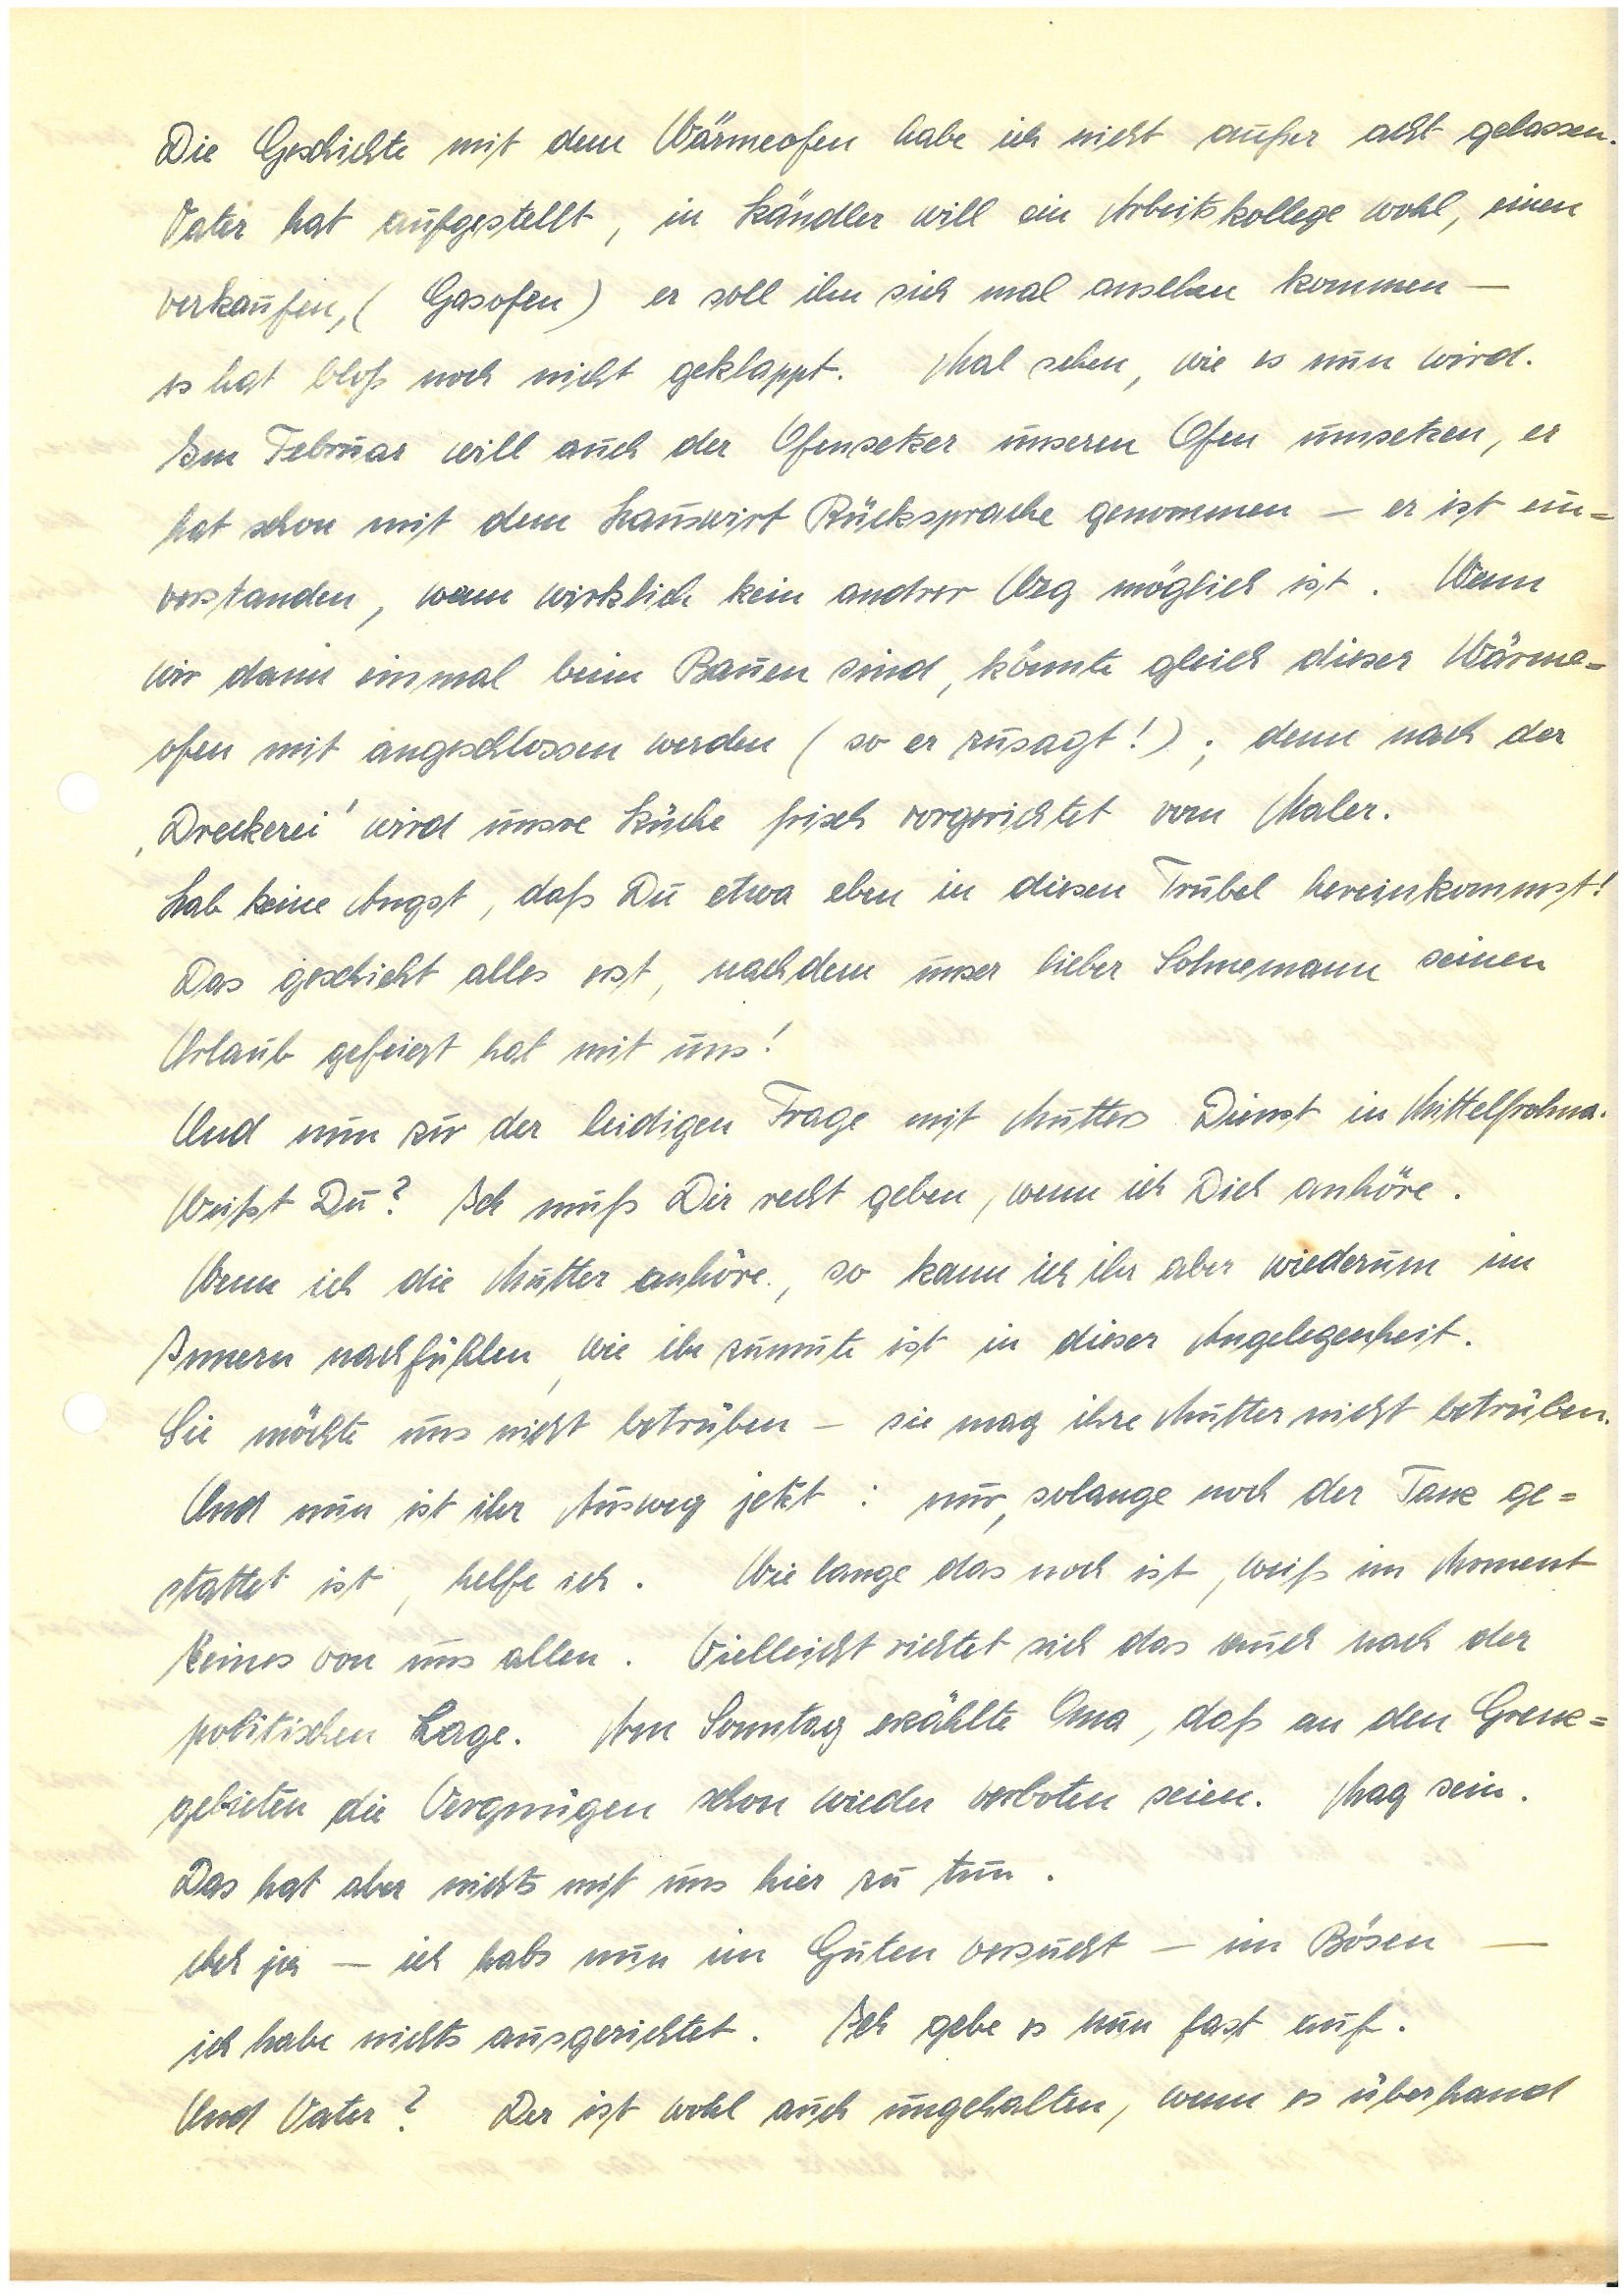
Die Geschichte mit dem Wärmeofen habe ich nicht außer acht gelassen.
Vater hat aufgestellt, in K. will ein Arbeitskollege wohl, einen
verkaufen, (Gasofen) er soll ihn sich mal ansehen kommen –
es hat bloß noch nicht geklappt. Mal sehen, wie es nun wird.
Im Februar will auch der Ofensetzer unseren Ofen umsetzen, er
hat schon mit dem Hauswirt Rücksprache genommen – er ist ein¬
verstanden, wenn wirklich kein andrer Weg möglich ist. Wenn
wir dann einmal beim Bauen sind, könnte gleich dieser Wärme¬
ofen mit angeschlossen werden (so er zusagt!); denn nach der‚
Dreckerei’ wird unsre Küche frisch vorgerichtet vom Maler.
Hab keine Angst, daß Du etwa eben in diesen Trubel hereinkommst!
Das geschieht alles erst, nachdem unser lieber Sohnemann seinen
Urlaub gefeiert hat mit uns!
Und nun zu der leidigen Frage mit Mutters Dienst in.
Weißt Du? Ich muß Dir recht geben, wenn ich Dich anhöre.
Wenn ich die Mutter anhöre, so kann ich ihr aber wiederum im
Innern nachfühlen, wie ihr zumute ist in dieser Angelegenheit.
Sie möchte uns nicht betrüben – sie mag ihre Mutter nicht betrüben.
Und nun ist ihr Ausweg jetzt: nur, solange noch der Tanz ge¬
stattet ist, helfe ich. Wie lange das noch ist, weiß im Moment
keines von uns allen. Vielleicht richtet sich das auch nach der
politischen Lage. Am Sonntag erzählte Oma, daß an den Grenz¬
gebieten die Vergnügen schon wieder verboten seien. Mag sein.
Das hat aber nichts mit uns hier zu tun.
Ach ja — ich habs nun im Guten versucht — im Bösen —
ich habe nichts ausgerichtet. Ich gebe es nun fast auf.
Und Vater? Der ist wohl auch ungehalten, wenn es Überhand